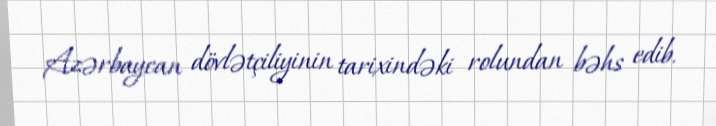
Azərbaycan dövlətçiliyinin tarixindəki rolundan bəhs edib.